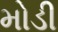
મોડી